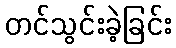
တင်သွင်းခဲ့ခြင်း